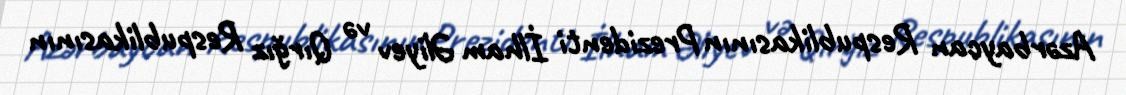
Azərbaycan Respublikasının Prezidenti İlham Əliyev və Qırğız Respublikasının